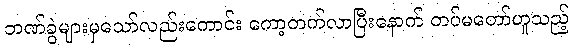
ဘဏ်ခွဲများမှသော်လည်းကောင်း ကော့တက်လာပြီးနောက် တပ်မတော်ဟူသည့်